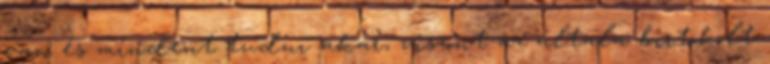
van és mindent tudni akar, viszont az általa birtokolt